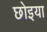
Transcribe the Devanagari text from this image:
छोइया